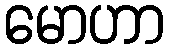
မောဟာ